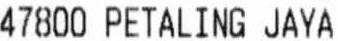
47800 PETALING JAYA